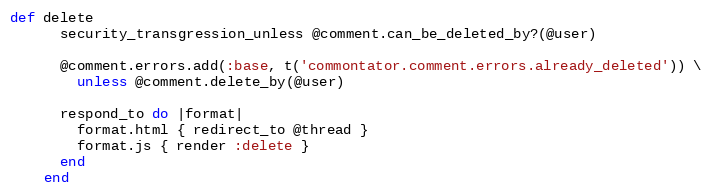
Language: Ruby
def delete
      security_transgression_unless @comment.can_be_deleted_by?(@user)

      @comment.errors.add(:base, t('commontator.comment.errors.already_deleted')) \
        unless @comment.delete_by(@user)

      respond_to do |format|
        format.html { redirect_to @thread }
        format.js { render :delete }
      end
    end